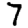
Digit: 7